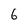
Character: 6